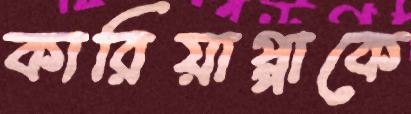
কারিয়াপ্পাকে